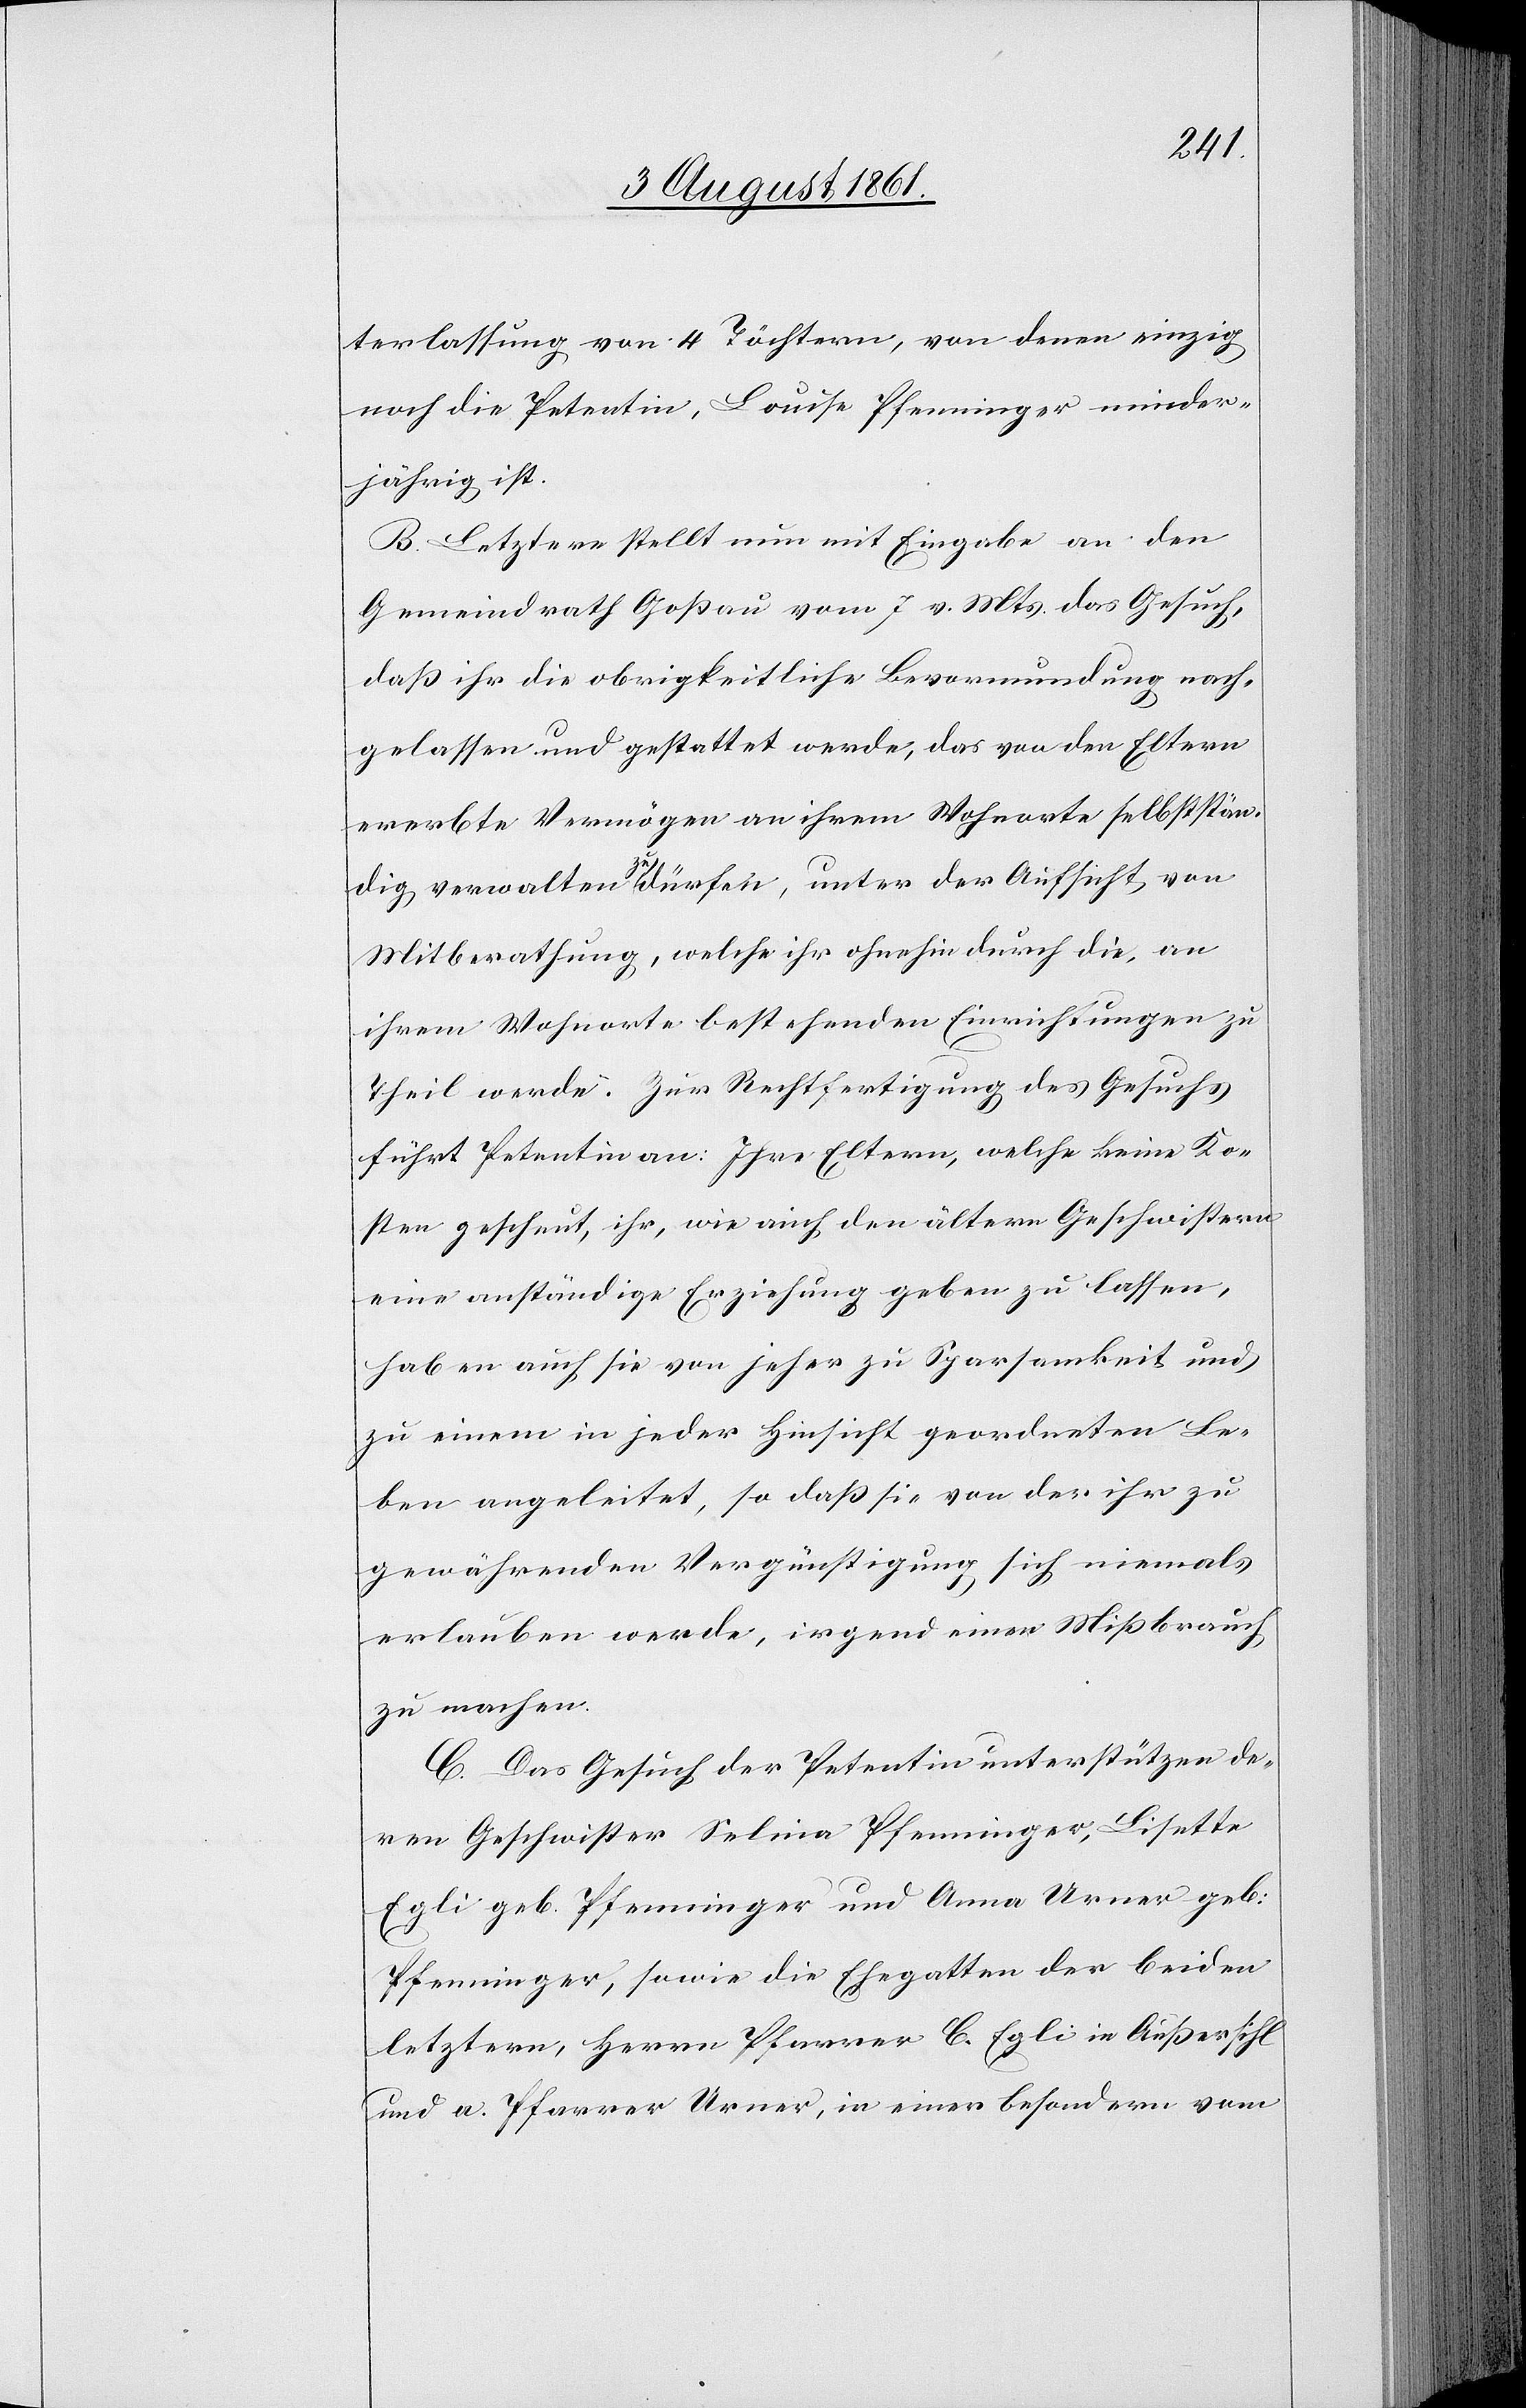
terlassung von 4 Töchtern, von denen einzig
noch die Petentin, Luise Pfenninger minder¬
jährig ist.
B. Letztere stellt nun mit Eingabe an den
Gemeindrath Goßau vom 7 v. Mts. das Gesuch,
daß ihr die obrigkeitliche Bevormundung nach¬
gelassen und gestattet werde, das von den Eltern
vererbte Vermögen an ihrem Wohnorte selbststän¬
dig verwalten zu dürfen, unter der Aufsicht von
Mitberathung, welche ihr ohnehin durch die, an
ihrem Wohnorte bestehenden Einrichtungen zu
Theil werde. Zur Rechtfertigung des Gesuchs
führt Petentin an: Ihre Eltern, welche keine Ko¬
sten gescheut, ihr, wie auch den ältern Geschwistern
eine anständige Erziehung geben zu lassen,
haben auch sie von jeher zu Sparsamkeit und,
zu einem in jeder Hinsicht geordneten Le¬
ben angeleitet, so daß sie von der ihr zu
gewährenden Vergünstigung, sich niemals
erlauben werde, irgend einen Mißbrauch
zu machen.
C. Das Gesuch der Petentin unterstützen de¬
ren Geschwister Selina Pfenninger, Lisette
Egli geb. Pfenninger und Anna Urner geb:
Pfenninger, sowie die Ehegatten der beiden
letztern, Herrn Pfarrer C. Egli in Außersihl
und a. Pfarrer Urner, in einer besondern vom